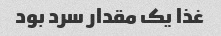
غذا یک مقدار سرد بود